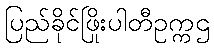
ပြည်ခိုင်ဖြိုးပါတီဥက္ကဌ